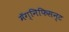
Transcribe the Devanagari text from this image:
मॅग्निफिसन्ट